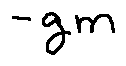
- g m